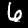
Digit: 6